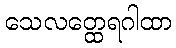
သေလတ္ထေရဂါထာ